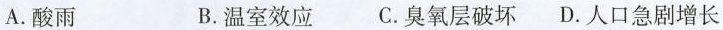
A.酸雨 B.温室效应 C.臭氧层破坏D.人口急剧增长